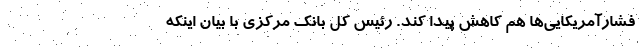
فشارآمریکایی‌ها هم کاهش پیدا کند. رئیس کل بانک مرکزی با بیان اینکه